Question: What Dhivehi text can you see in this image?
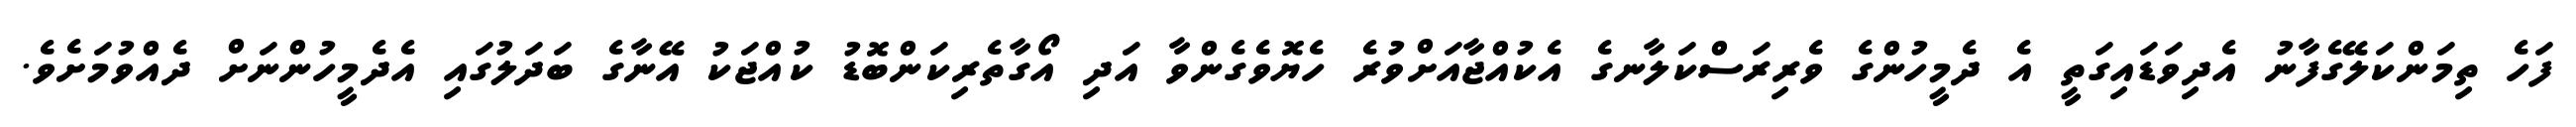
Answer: ފަހެ ތިމަންކަލޭގެފާނު އެދިވަޑައިގަތީ އެ ދެމީހުންގެ ވެރިރަސްކަލާނގެ އެކުއްޖާއަށްވުރެ ހެޔޮވެގެންވާ އަދި އޯގާތެރިކަންބޮޑު ކުއްޖަކު އޭނާގެ ބަދަލުގައި އެދެމީހުންނަށް ދެއްވުމަށެވެ.